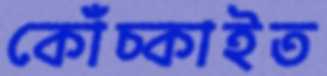
কোঁচ্‌কাইত